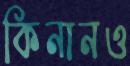
কিনানও